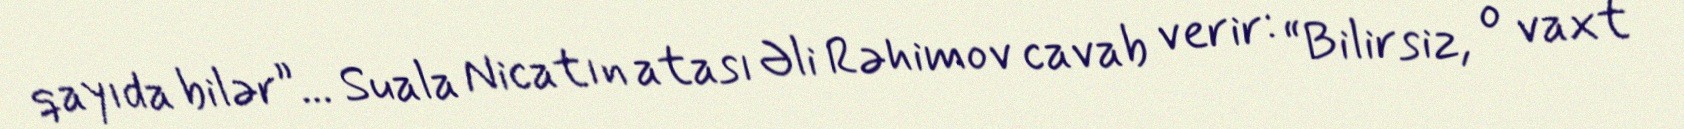
qayıda bilər”... Suala Nicatın atası Əli Rəhimov cavab verir: “Bilirsiz, o vaxt